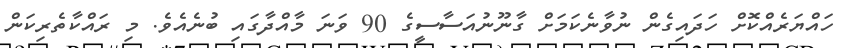
ހައްޔަރެއްކޮށް ހަދައިގެން ނުވާނެކަމަށް ގާނޫނުއަސާސީގެ 90 ވަނަ މާއްދާގައި ބުނެއެވެ. މި ރައްކާތެރިކަން